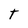
Character: T